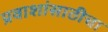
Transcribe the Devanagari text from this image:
प्रवाशांसाठीचा